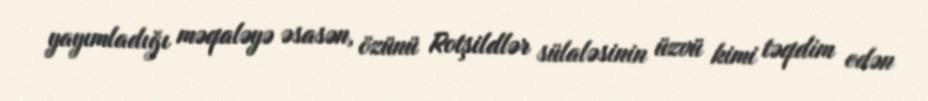
yayımladığı məqaləyə əsasən, özünü Rotşildlər sülaləsinin üzvü kimi təqdim edən